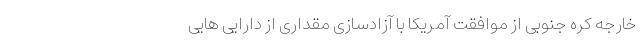
خارجه کره جنوبی از موافقت آمریکا با آزادسازی مقداری از دارایی هایی